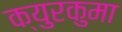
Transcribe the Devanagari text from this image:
क्युरकुमा